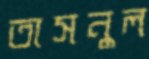
তাসনুল